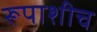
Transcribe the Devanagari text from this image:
रूपाशीच